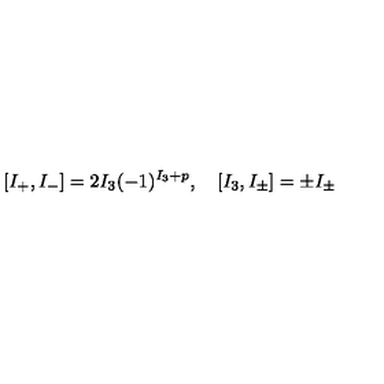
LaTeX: [ I _ { + } , I _ { - } ] = 2 I _ { 3 } ( - 1 ) ^ { I _ { 3 } + p } , \quad [ I _ { 3 } , I _ { \pm } ] = \pm I _ { \pm }